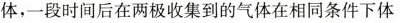
体，一段时间后在两极收集到的气体在相同条件下体